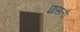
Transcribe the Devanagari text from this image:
घासली